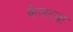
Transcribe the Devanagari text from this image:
केलल्या